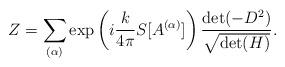
LaTeX: \begin{align*}Z = \sum_{(\alpha)} \exp \left( i\frac{k}{4\pi} S[ A^{( \alpha )} ] \right)\frac{{\rm det} ( -D^{2} ) }{ \sqrt{ {\rm det}(H)} }.\end{align*}